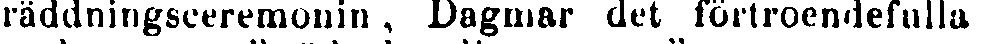
räddningsceremonin , Dagmar det förtroendefulla